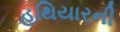
હથિયારની